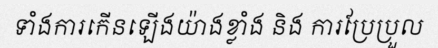
ទាំងការកើនឡើងយ៉ាងខ្លាំង និង ការប្រែប្រួល